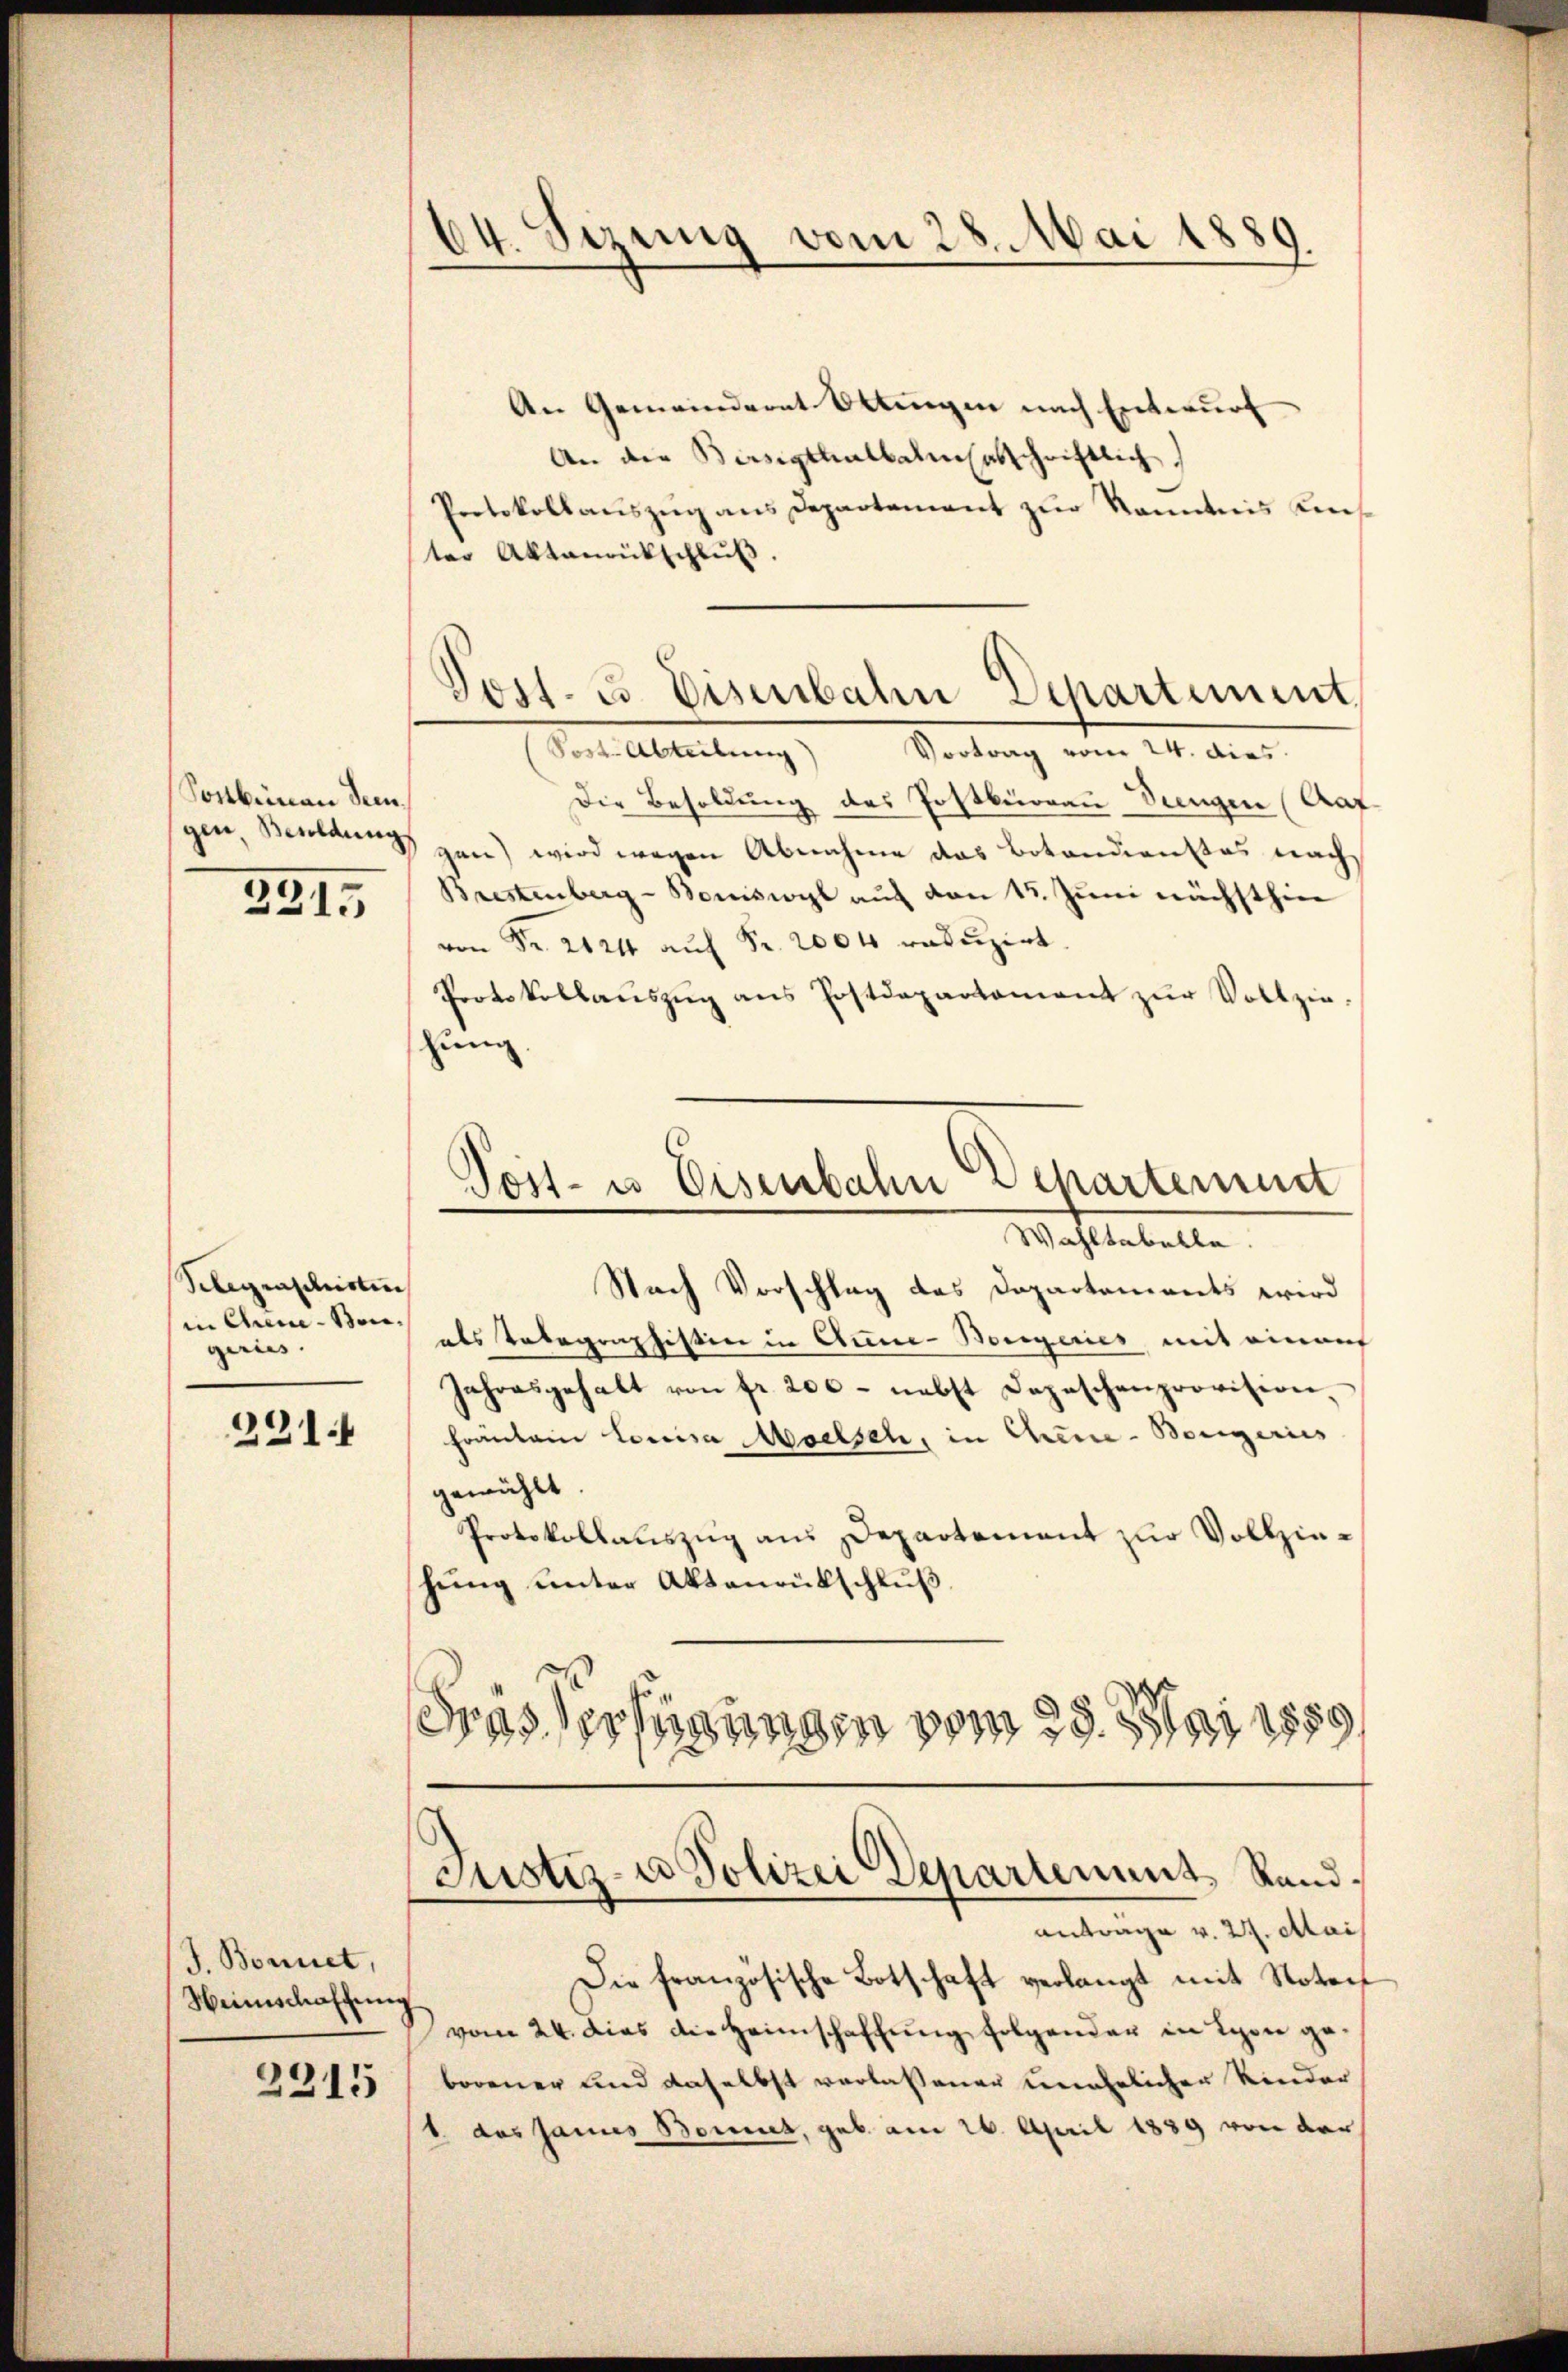
Sonbeinau sein.
321.

Selegenschristen
in Chem-Songiris.

221

J. Bonnet,
Heimschaffung
2315

64. Sezung vom 28. Mai 1889

Post- & Eisenbahn Departement,
Post. Abteilung)
Vortrag vom 24. dies

An Gemeindernt Ottingen nach Entwurf
An die Bersigthalbaumsabschriftlich.
Protokollauszug aus Departement zur Kenntnis Kreister Aktenrückschlŭβ
Die Besoldung des Postbüreau dungen (Auf
gen, Bendung gen) wird wegen Abnahme das Botandienstes nach¬
Brestenberg-Boniswyl aŭf von 15. Juni nächsthin
von Fr. 2124 auf Fr. 2004 raduzirt.
Protokollaŭszŭg ans Postdepartament zŭr Vollziezung.
Post- u Eisenbahn Departement
Wahltabelle.
Nach Vorschlag des Dopartements wird
als Telegraphistin in Anne-Borgeries mit einau
Jahresgehalt von fr. 200 - nebst Depeschenprovision,
Fräulein Louisa Maelsch, in Chine-Bergeries
gewählt
Protokollauszug aus Departement zur Vollziehung unter Aktenrückschluß
Gras Verfügungen vom 28. Mai 1889

Justiz- u Polizei Departement Randantrage v. 27. Mai

Die französische Botschaft verlangt mit Noter
vom 24. dies die Heimschaffung folgender in Lyon geborener und daselbst verlassener unehelichen Kinder
b. das Jannes Bonet, geb. am 26. April 1889 von der